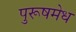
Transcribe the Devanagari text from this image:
पुरूषमेध